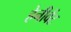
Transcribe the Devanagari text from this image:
हेनीवेंट